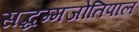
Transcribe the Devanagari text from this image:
सद्धम्मजोतिपाल